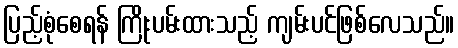
ပြည့်စုံစေရန် ကြိုးပမ်းထားသည့် ကျမ်းပင်ဖြစ်လေသည်။